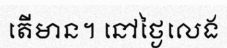
តើមាន។ នៅថ្ងៃលេង